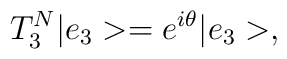
T_3^{N} |e_3> = e^{i \theta} |e_3>,